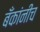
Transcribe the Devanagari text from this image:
बँकांनीच